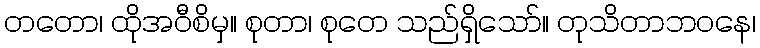
တတော၊ ထိုအဝီစိမှ။ စုတာ၊ စုတေ သည်ရှိသော်။ တုသိတာဘဝနေ၊